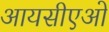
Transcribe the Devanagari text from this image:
आयसीएओ